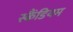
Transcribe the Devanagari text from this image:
स्कैंडियम